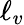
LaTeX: \ell_{v}